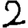
Digit: 2